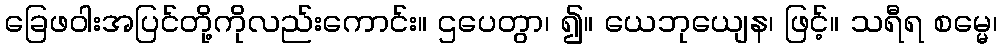
ခြေဖဝါးအပြင်တို့ကိုလည်းကောင်း။ ဌပေတွာ၊ ၍။ ယေဘုယျေန၊ ဖြင့်။ သရီရ စမ္မေ၊